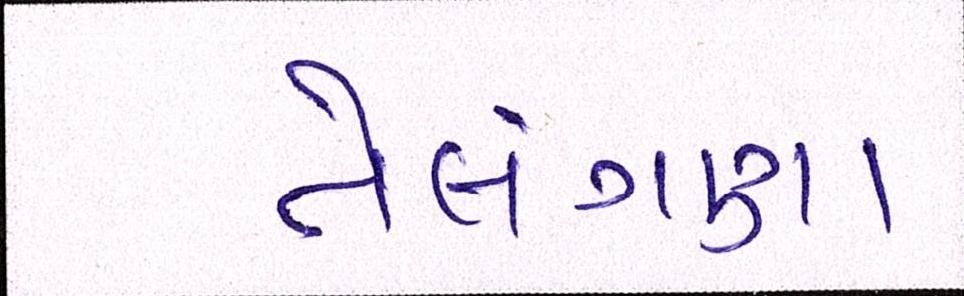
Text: તેલંગણા